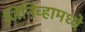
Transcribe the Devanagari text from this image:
जिनिव्हामध्ये